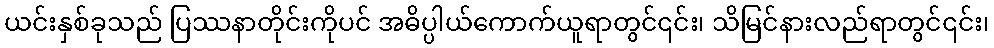
ယင်းနှစ်ခုသည် ပြဿနာတိုင်းကိုပင် အဓိပ္ပါယ်ကောက်ယူရာတွင်၎င်း၊ သိမြင်နားလည်ရာတွင်၎င်း၊